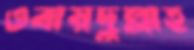
ওবায়দুল্লাহ